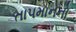
તા૫માનનો